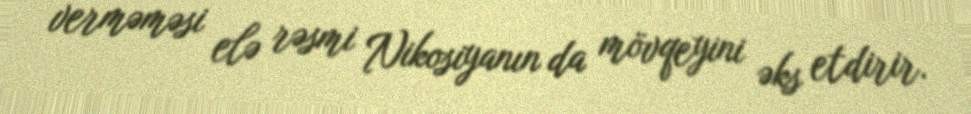
verməməsi elə rəsmi Nikosiyanın da mövqeyini əks etdirir.